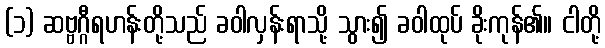
(၁) ဆဗ္ဗဂ္ဂီရဟန်းတို့သည် ခဝါလှန်းရာသို့ သွား၍ ခဝါထုပ် ခိုးကုန်၏။ ငါတို့